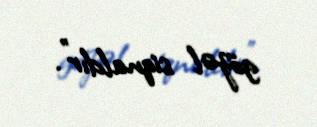
gözəl siqnaldır”.